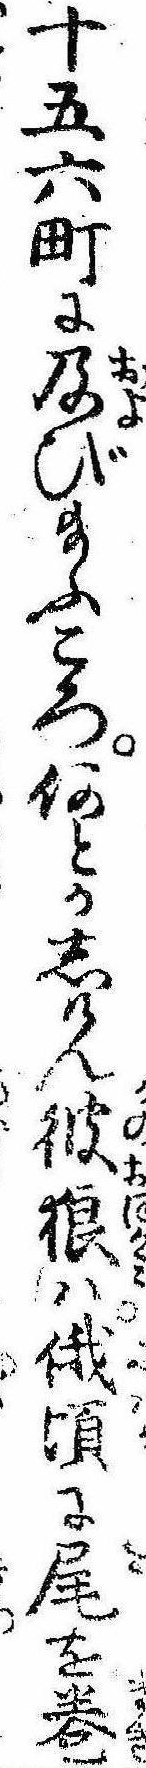
十五六町に及び給ふころ何とかしけん彼狼は俄頃に尾を巻